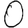
Digit: 0